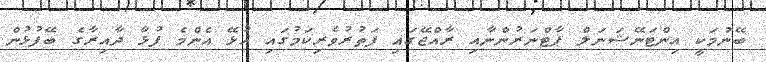
ބޭނުމަކީ އިންޓަނޭޝަނަލް ޕާޓްނަރުންނާއި ރާއްޖޭގައި ފަތުރުވެރިކަމުގައި އުޅޭ އެންމެ ފުޅާ ދާއިރާގެ ބޭފުޅުން